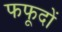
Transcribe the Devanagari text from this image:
फफूदों